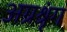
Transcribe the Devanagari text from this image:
अग्रश्रृंग